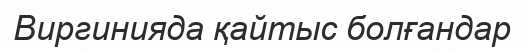
Виргинияда қайтыс болғандар